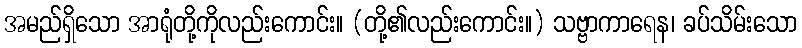
အမည်ရှိသော အာရုံတို့ကိုလည်းကောင်း။ (တို့၏လည်းကောင်း။) သဗ္ဗာကာရေန၊ ခပ်သိမ်းသော